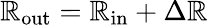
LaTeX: \mathbb{R}_{\mathrm{{out}}}=\mathbb{R}_{\mathrm{{in}}}+\Delta\mathbb{R}